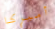
أميركا